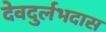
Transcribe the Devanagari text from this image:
देवदुर्लभदास